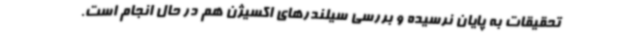
تحقیقات به پایان نرسیده و بررسی سیلندرهای اکسیژن هم در حال انجام است.